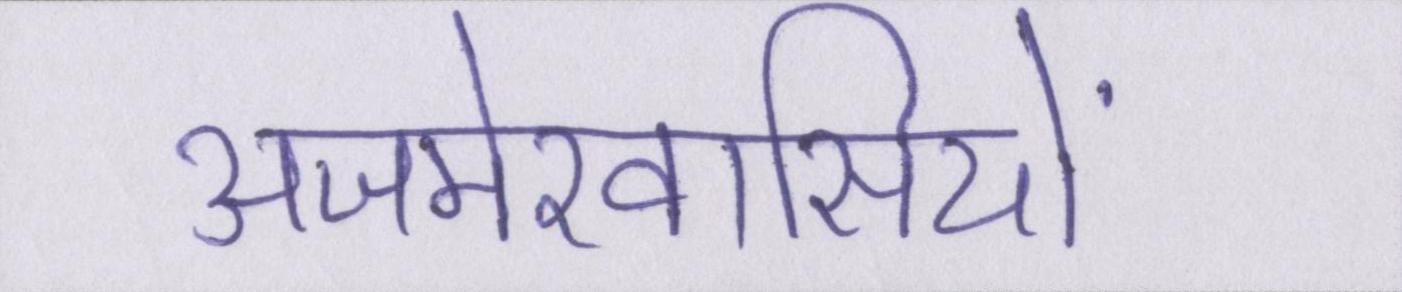
अजमेरवासियों